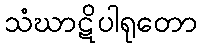
သံဃာဋိပါရုတော